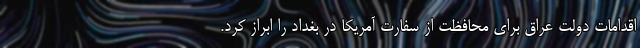
اقدامات دولت عراق برای محافظت از سفارت آمریکا در بغداد را ابراز کرد.